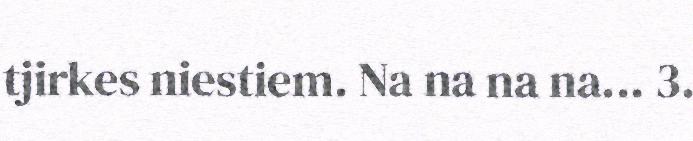
tjirkes niestiem. Na na na na... 3.